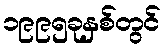
၁၉၉၅ခုနှစ်တွင်